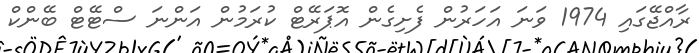
ރާއްޖޭގައި 1974 ވަނަ އަހަރުން ފެށިގެން އޮޕަރޭޓް ކުރަމުން އަންނަ ސްޓޭޓް ބޭންކް